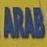
arab